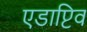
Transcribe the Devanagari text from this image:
एडाप्टिव